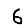
Digit: 6